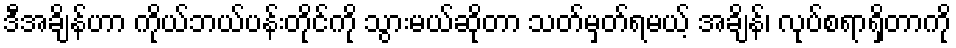
ဒီအချိန်ဟာ ကိုယ်ဘယ်ပန်းတိုင်ကို သွားမယ်ဆိုတာ သတ်မှတ်ရမယ့် အချိန်၊ လုပ်စရာရှိတာကို